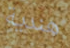
هندية